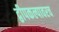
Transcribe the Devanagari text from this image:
द्वीपकल्पावरच